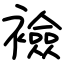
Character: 襝